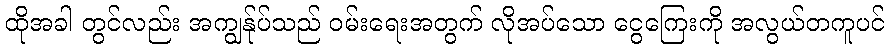
ထိုအခါ တွင်လည်း အကျွန်ုပ်သည် ဝမ်းရေးအတွက် လိုအပ်သော ငွေကြေးကို အလွယ်တကူပင်